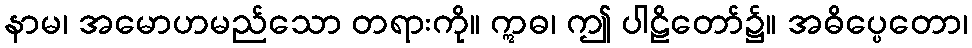
နာမ၊ အမောဟမည်သော တရားကို။ ဣဓ၊ ဤ ပါဠိတော်၌။ အဓိပ္ပေတော၊